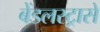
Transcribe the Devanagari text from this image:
बेंडलस्ट्रासे